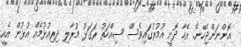
އޮންނަންޖެހޭނެ. އެހާ ދޮށީ އުމުރުގައިވެސް ސިއްހަތު ރަގަޅު މުރާލި ދިރިއުޅުމެއް އުޅުން އެއީ